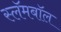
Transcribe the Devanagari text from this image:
स्लॅमबॉल